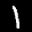
Label: 1